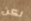
لكن